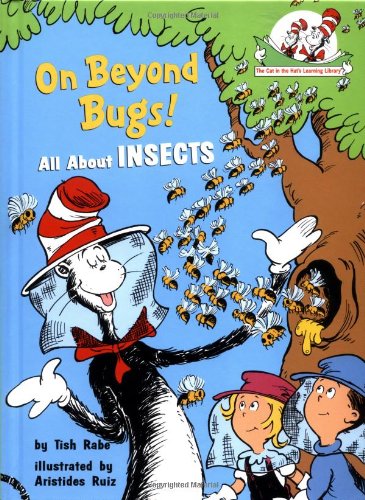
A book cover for On Beyond Bugs: All About Insects (Cat in the Hat's Learning Library); Tish Rabe; Children's Books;